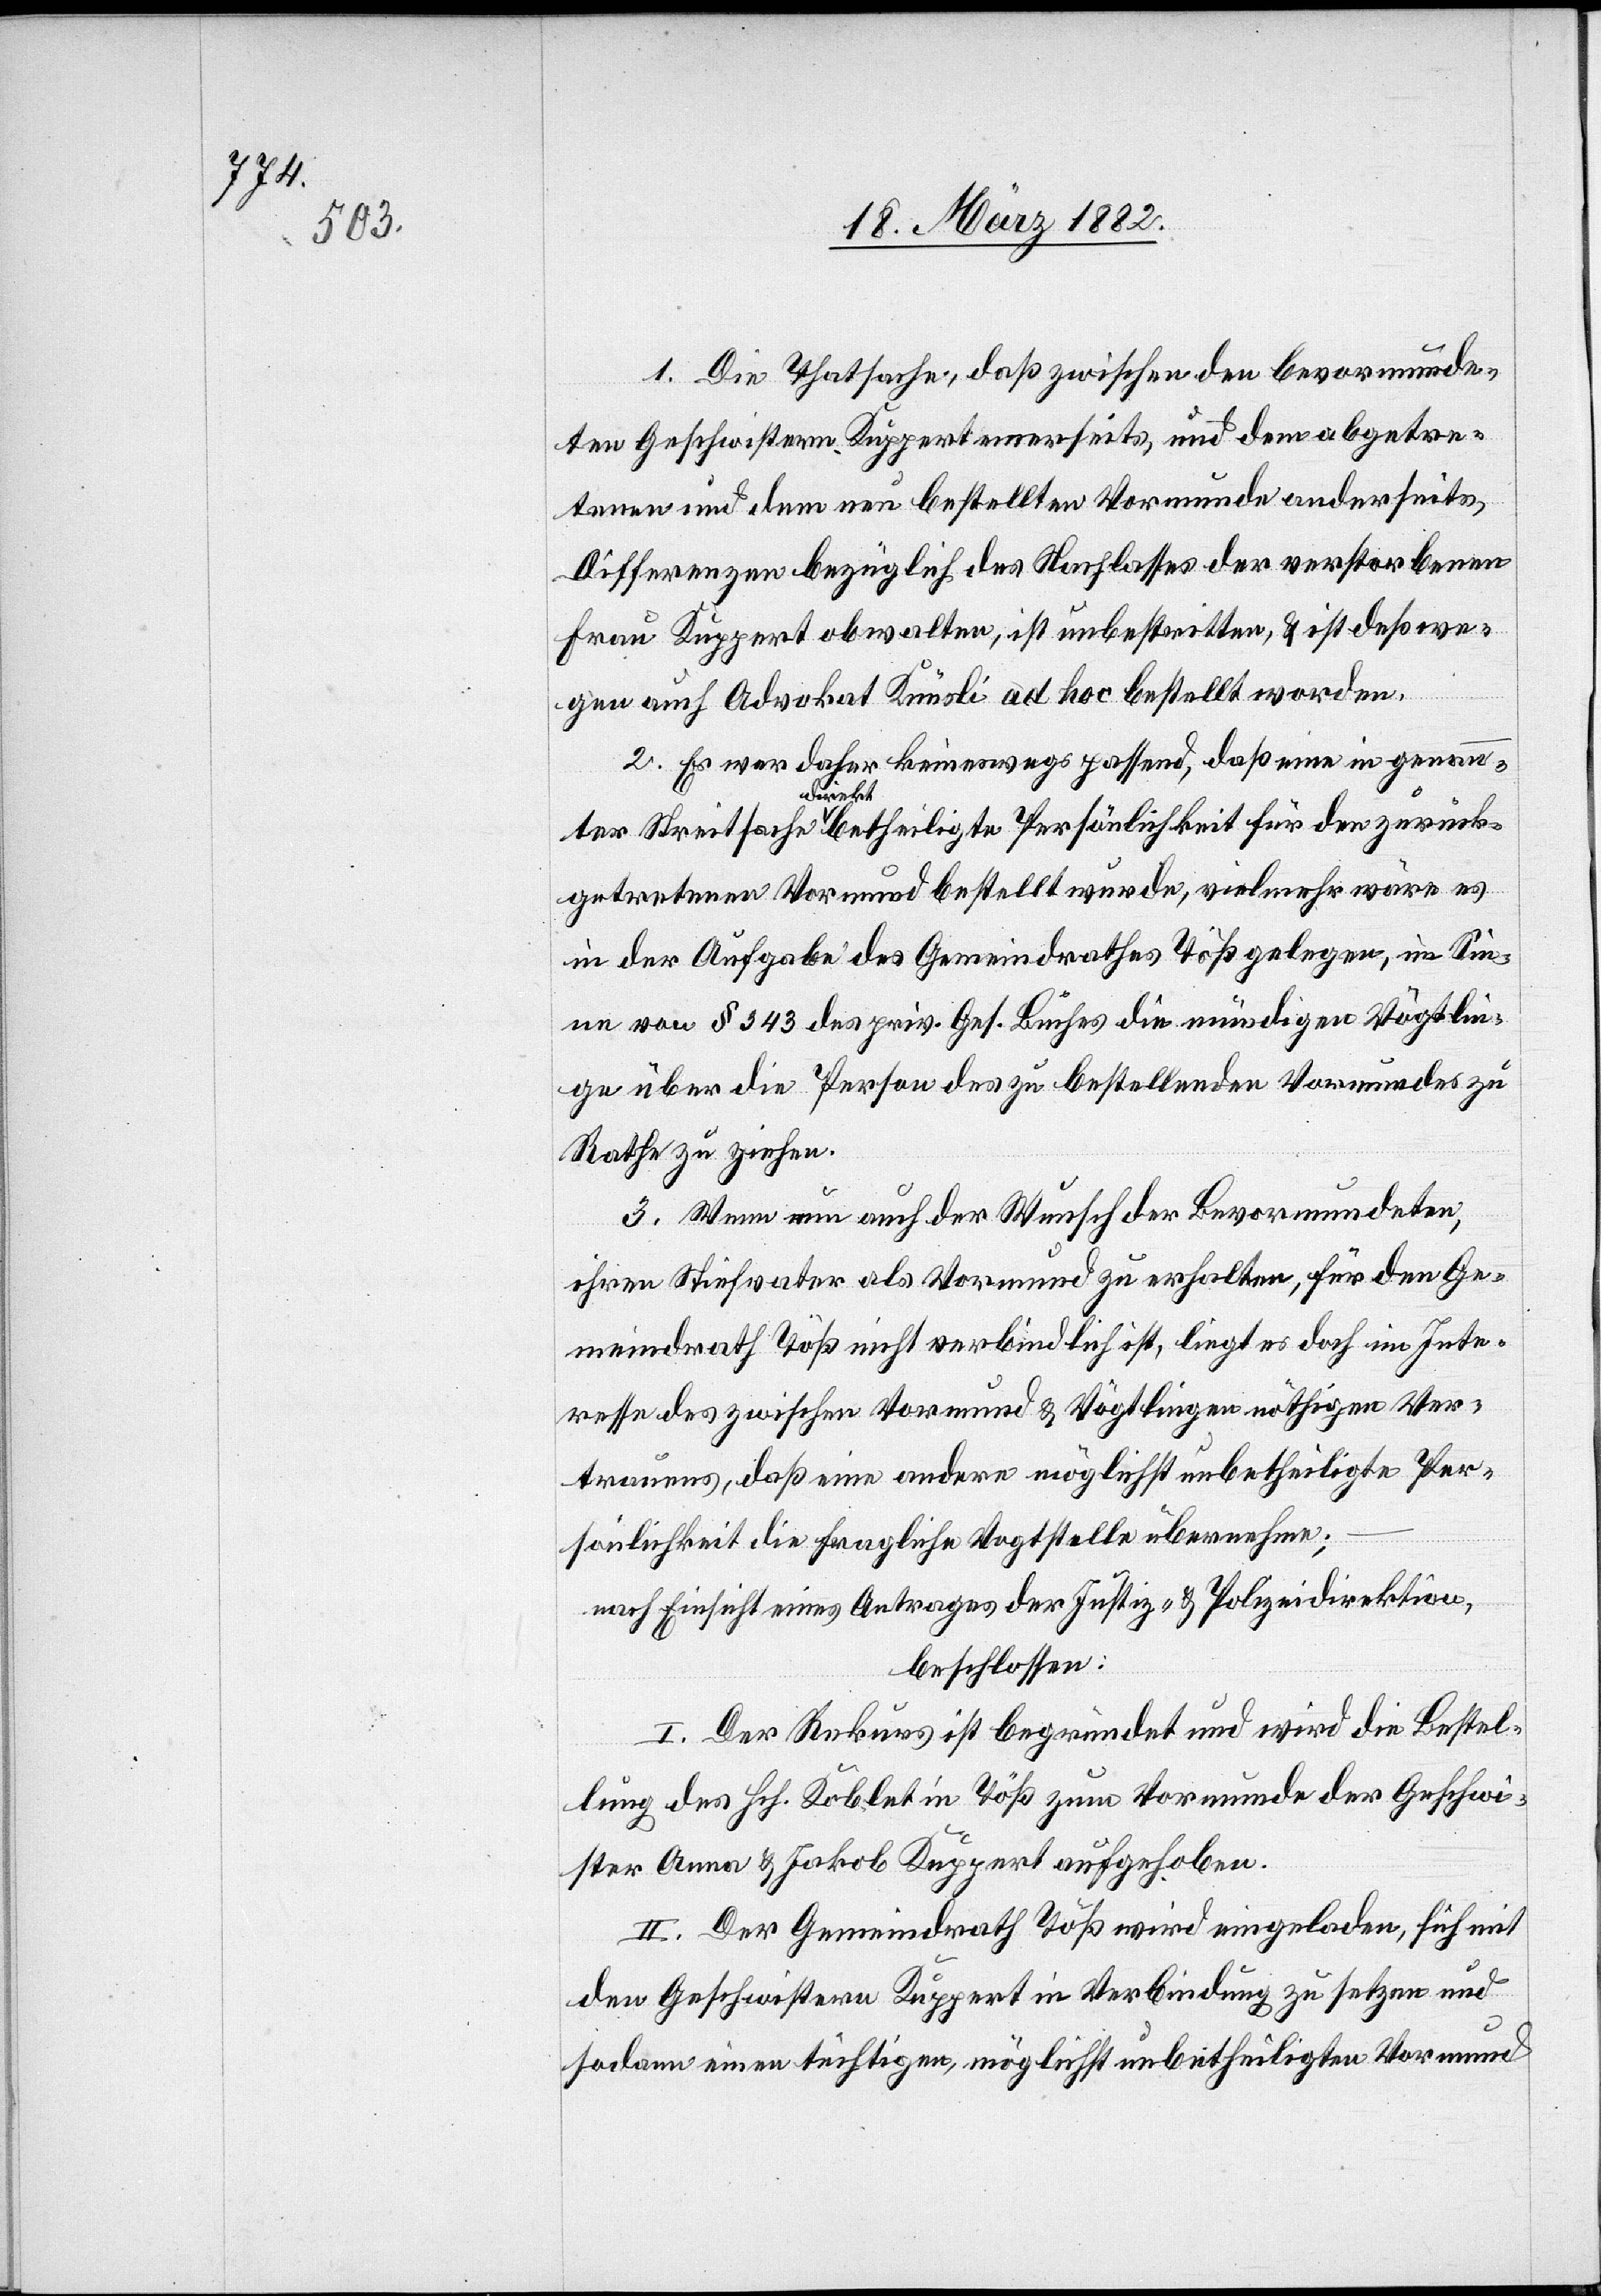
1. Die Thatsache, daß zwischen den bevormunde¬
ten Geschwistern Kuppert einerseits, und dem abgetre¬
tenen und dem neu bestellten Vormunde anderseits,
Differenzen bezüglich des Nachlasses der verstorbenen
Frau Kuppert obwalten, ist unbestritten, & ist deßwe¬
gen auch Advokat Knüsli ad hoc bestellt worden.
2. Es war daher keineswegs passend, daß eine in genannter
zurück¬
getretenen Vormund bestellt wurde, vielmehr wäre es
in der Aufgabe des Gemeindrathes Töß gelegen, im Sin¬
ne von § 343 des priv. Ges. Buches die mündigen Vögtlin¬
ge über die Person des zu bestellenden Vormundes zu
Recht zu ziehen.
3. Wenn nun auch der Wunsch der Bevormundeten,
ihren Stiefvater als Vormund zu erhalten, für den Ge¬
meindrath Töß nicht verbindlich ist, liegt es doch im Inte¬
resse des zwischen Vormund & Vögtlingen nöthigen Ver¬
trauens, daß eine andere möglichst unbetheiligte Per¬
sönlichkeit die fragliche Vogtstelle übernehme;
nach Einsicht eines Antrages der Justiz- & Polizeidirektion,
beschlossen:
I. Der Rekurs ist begründet und wird die Bestel¬
lung des Hch. Koblet in Töß zum Vormunde der Geschwi¬
ster Anna & Jakob Kuppert aufgehoben.
II. Der Gemeindrath Töß wird eingeladen, sich mit
den Geschwistern Kuppert in Verbindung zu setzen und
sodann einen tüchtigen, möglichst unbetheiligten Vormund